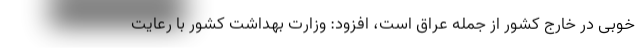
خوبی در خارج کشور از جمله عراق است، افزود: وزارت بهداشت کشور با رعایت